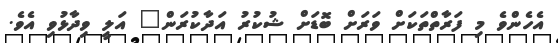
އެހެންވެ މި ފަރާތްތަކަށް ވަރަށް ބޮޑަށް ޝުކުރު އަދާކުރަން" އަލީ ވިދާޅުވި އެވެ.